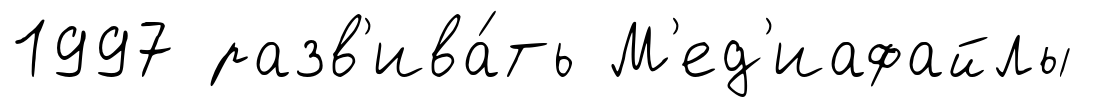
1997 разв'ива́ть М'ед'иафайлы